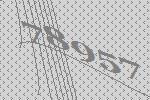
78957